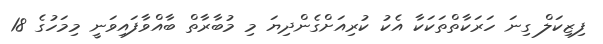
ފިޒިކަލް ގިނަ ހަރަކާތްތަކަކާ އެކު ކުރިއަށްގެންދިޔަ މި މުބާރާތް ބާއްވާފައިވަނީ މިމަހުގެ 18